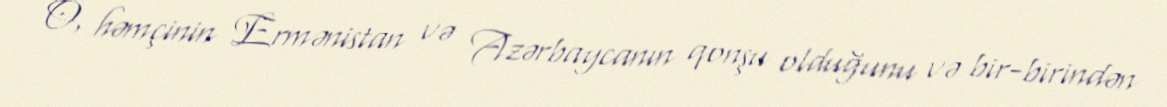
O, həmçinin Ermənistan və Azərbaycanın qonşu olduğunu və bir-birindən